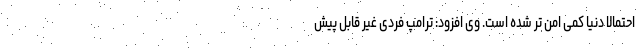
احتمالا دنیا کمی امن تر شده است. وی افزود: ترامپ فردی غیر قابل پیش